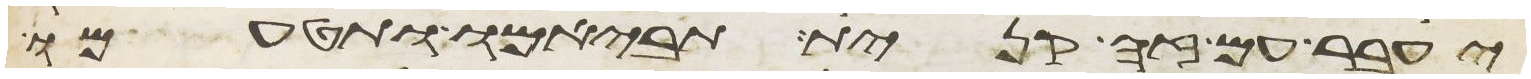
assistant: יעבר עם זה קנית תביאמו ותטעמו